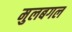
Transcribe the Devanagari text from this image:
मुलबगल